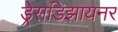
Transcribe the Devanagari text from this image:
ड्रेसडिझायनर